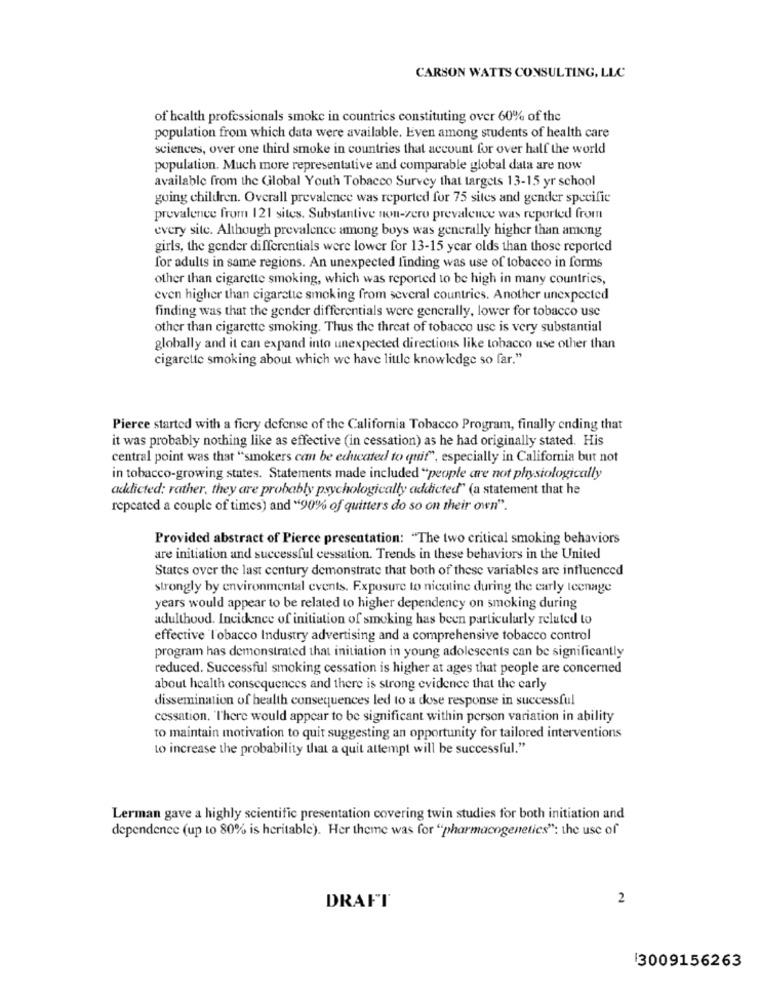
CARSON WATTS CONSULTING, LLC
of health professionals smoke in countries constituting over 60% of the
population from which data were available. Even among students of health care
sciences, over one third smoke in countries that account for over half the world
population. Much more representative and comparable global data are now
available from the Global Youth Tobacco Survey that targets 13-15 yr school
going children. Overall prevalence was reported for 75 sites and gender specifie
prevalence from 121 sites. Substantive non-zero prevalence was reported from
every site. Although prevalence among boys was generally higher than among
girls, the gender differentials were lower for 13-15 year olds than those reported
for adults in same regions. An unexpected finding was use of tobacco in forms
other than cigarette smoking, which was reported to be high in many countries,
even higher than cigarette smoking from several countries. Another unexpected
finding was that the gender differentials were generally, lower for tobacco use
other than cigarette smoking. Thus the threat of tobacco use is very substantial
globally and it can expand into unexpected directions like tobacco use other than
cigarette smoking about which we have little knowledge so far."
Pierce started with a ficry defense of the California Tobacco Program, finally ending that
it was probably nothing like as effective (in cessation) as he had originally stated. His
central point was that "smokers can be educated to quit", especially in California but not
in tobacco-growing states. Statements made included "people are not physiologically
addicted: rather, they are probably psychologically addicted" (a statement that he
repeated a couple of times) and "90% of quitters do so on their own".
Provided abstract of Pierce presentation: "The two critical smoking behaviors
are initiation and successful cessation. Trends in these behaviors in the United
States over the last century demonstrate that both of these variables are influenced
strongly by environmental events. Exposure to nicotine during the carly teenage
years would appear to be related to higher dependency on smoking during
adulthood. Incidence of initiation of smoking has been particularly related to
effective Tobacco Industry advertising and a comprehensive tobacco control
program has demonstrated that initiation in young adolescents can be significantly
reduced. Successful smoking cessation is higher at ages that people are concerned
about health consequences and there is strong evidence that the carly
dissemination of health consequences led to a dose response in successful
cessation. 'There would appear to be significant within person variation in ability
to maintain motivation to quit suggesting an opportunity for tailored interventions
to increase the probability that a quit attempt will be successful."
Lerman gave a highly scientific presentation covering twin studies for both initiation and
dependence (up to 80% is heritable). Her theme was for "pharmacogenetics": the use of
2
DRAFT
13009156263